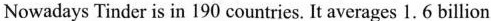
Nowadays Tinder is in 190 countries. It averages 1. 6 billion